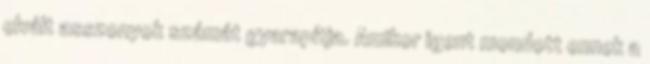
elvált asszonyok számát gyarapítja. Amikor igent mondott ennek a